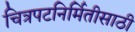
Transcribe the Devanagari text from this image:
चित्रपटनिर्मितीसाठी